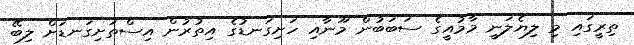
ތިރީގައި މި ލިޔެލަނީ މާމުއީގެ ސަބަބުން މޫނާއި ހަށިގަނޑުގެ އިތުރުން އިސްތަށިގަނޑަށް ލިބޭ